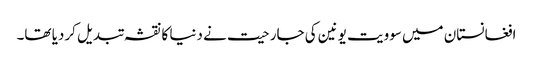
افغانستان میں سوویت یونین کی جارحیت نے دنیا کا نقشہ تبدیل کردیا تھا۔